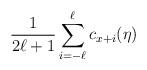
LaTeX: \begin{align*} \frac{1}{2\ell+1} \sum_{i=-\ell}^\ell c_{x+i}(\eta)\end{align*}